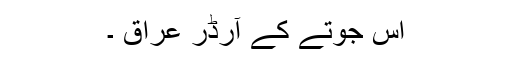
اس جوتے کے آرڈر عراق ۔